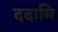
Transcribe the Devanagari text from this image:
ददामि